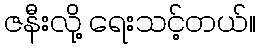
ဇနီးလို့ ရေးသင့်တယ်။